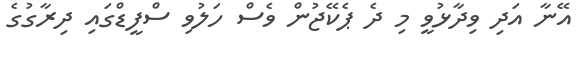
އޭނާ އަދި ވިދާޅުވީ މި ދެ ޕެކޭޖުން ވެސް ހަލުވި ސްފީޑްގައި ދިރާގުގެ